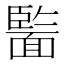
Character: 𩈵